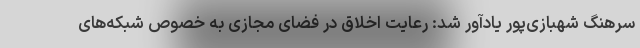
سرهنگ شهبازی‌پور یادآور شد: رعایت اخلاق در فضای مجازی به خصوص شبکه‌های